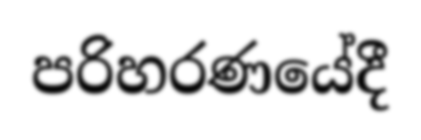
පරිහරණයේදී